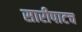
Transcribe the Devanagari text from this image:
सारीपाटच